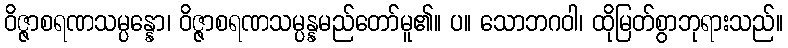
ဝိဇ္ဇာစရဏသမ္ပန္နော၊ ဝိဇ္ဇာစရဏသမ္ပန္နမည်တော်မူ၏။ ပ။ သောဘဂဝါ၊ ထိုမြတ်စွာဘုရားသည်။